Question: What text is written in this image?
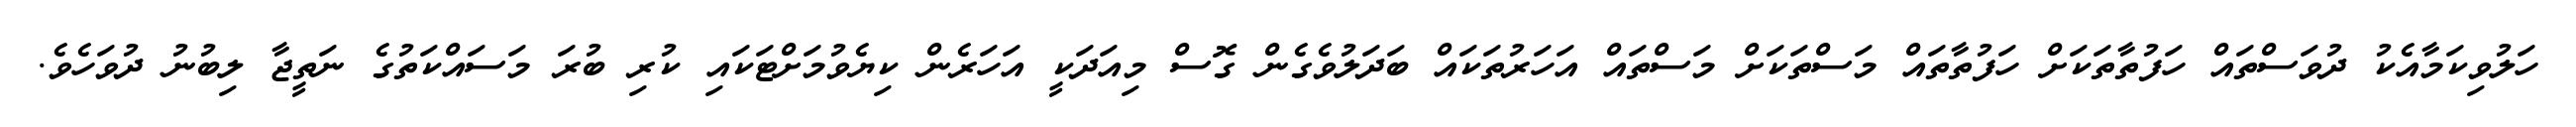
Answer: ހަލުވިކަމާއެކު ދުވަސްތައް ހަފުތާތަކަށް ހަފުތާތައް މަސްތަކަށް މަސްތައް އަހަރުތަކައް ބަދަލުވެގެން ގޮސް މިއަދަކީ އަހަރެން ކިޔެވުމަށްޓަކައި ކުރި ބުރަ މަސައްކަތުގެ ނަތީޖާ ލިބުނު ދުވަހެވެ.